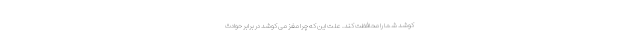
کوشد شما را محافظت کند. علت این که چرا مغز می کوشد در برابر حوادث